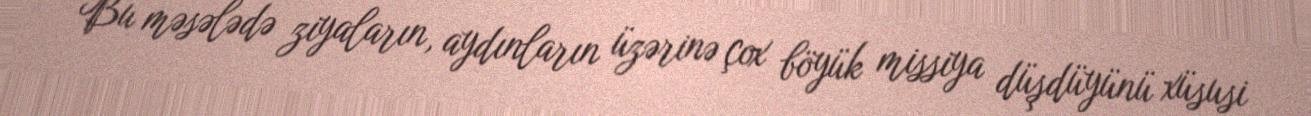
Bu məsələdə ziyaların, aydınların üzərinə çox böyük missiya düşdüyünü xüsusi